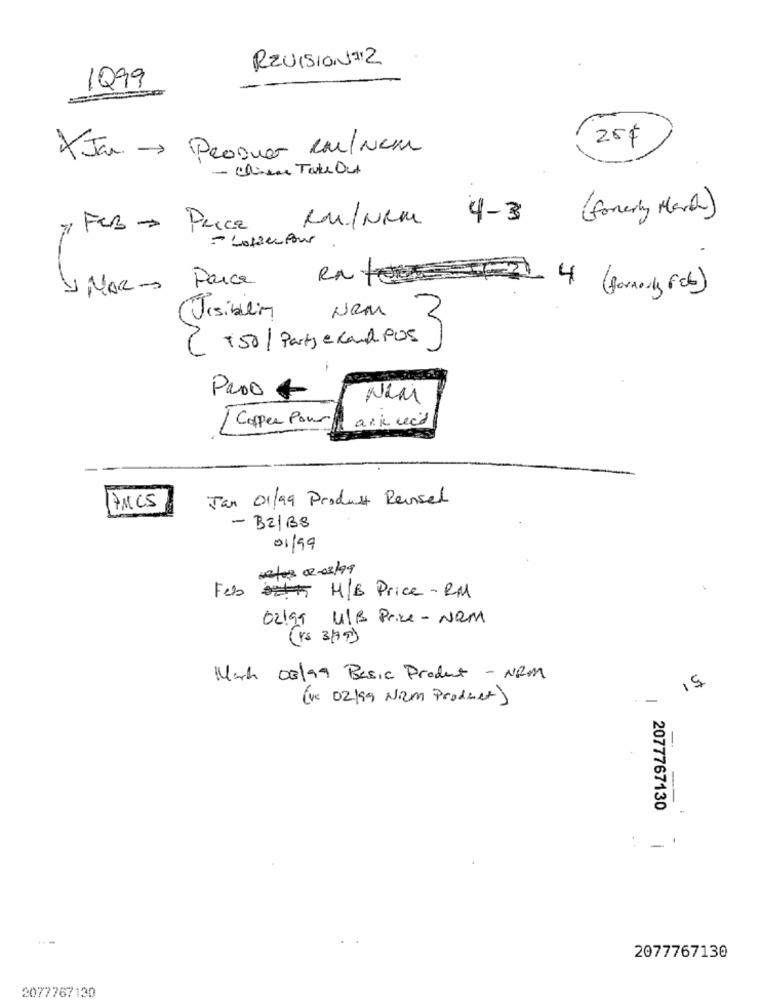
REVISION :12
1999
25$
XJa - ProDuer co/ Neu
· Chien Take Out
( formerly Hard)
4-3
Feb - Price
- Loscupour
VINAR- Parce
4 (formerly feb)
Nem
Ursibling
2
150 / Party eland pus
Proo +
/ Copper Pour
ank red
Jan 01/99 Produst Rensel
17MCS
- BZ/B8
01/99
10/0 02-03/99
Feb H/B Price- RM
02199 UIB Price - Nem
(rs 3/39)
March 03/99 Basic Product - NOM
15
(Vc 02199 Nium Product)
-
2077767130
.
2077767130
2077767130